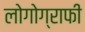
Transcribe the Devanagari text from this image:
लोगोग्राफी